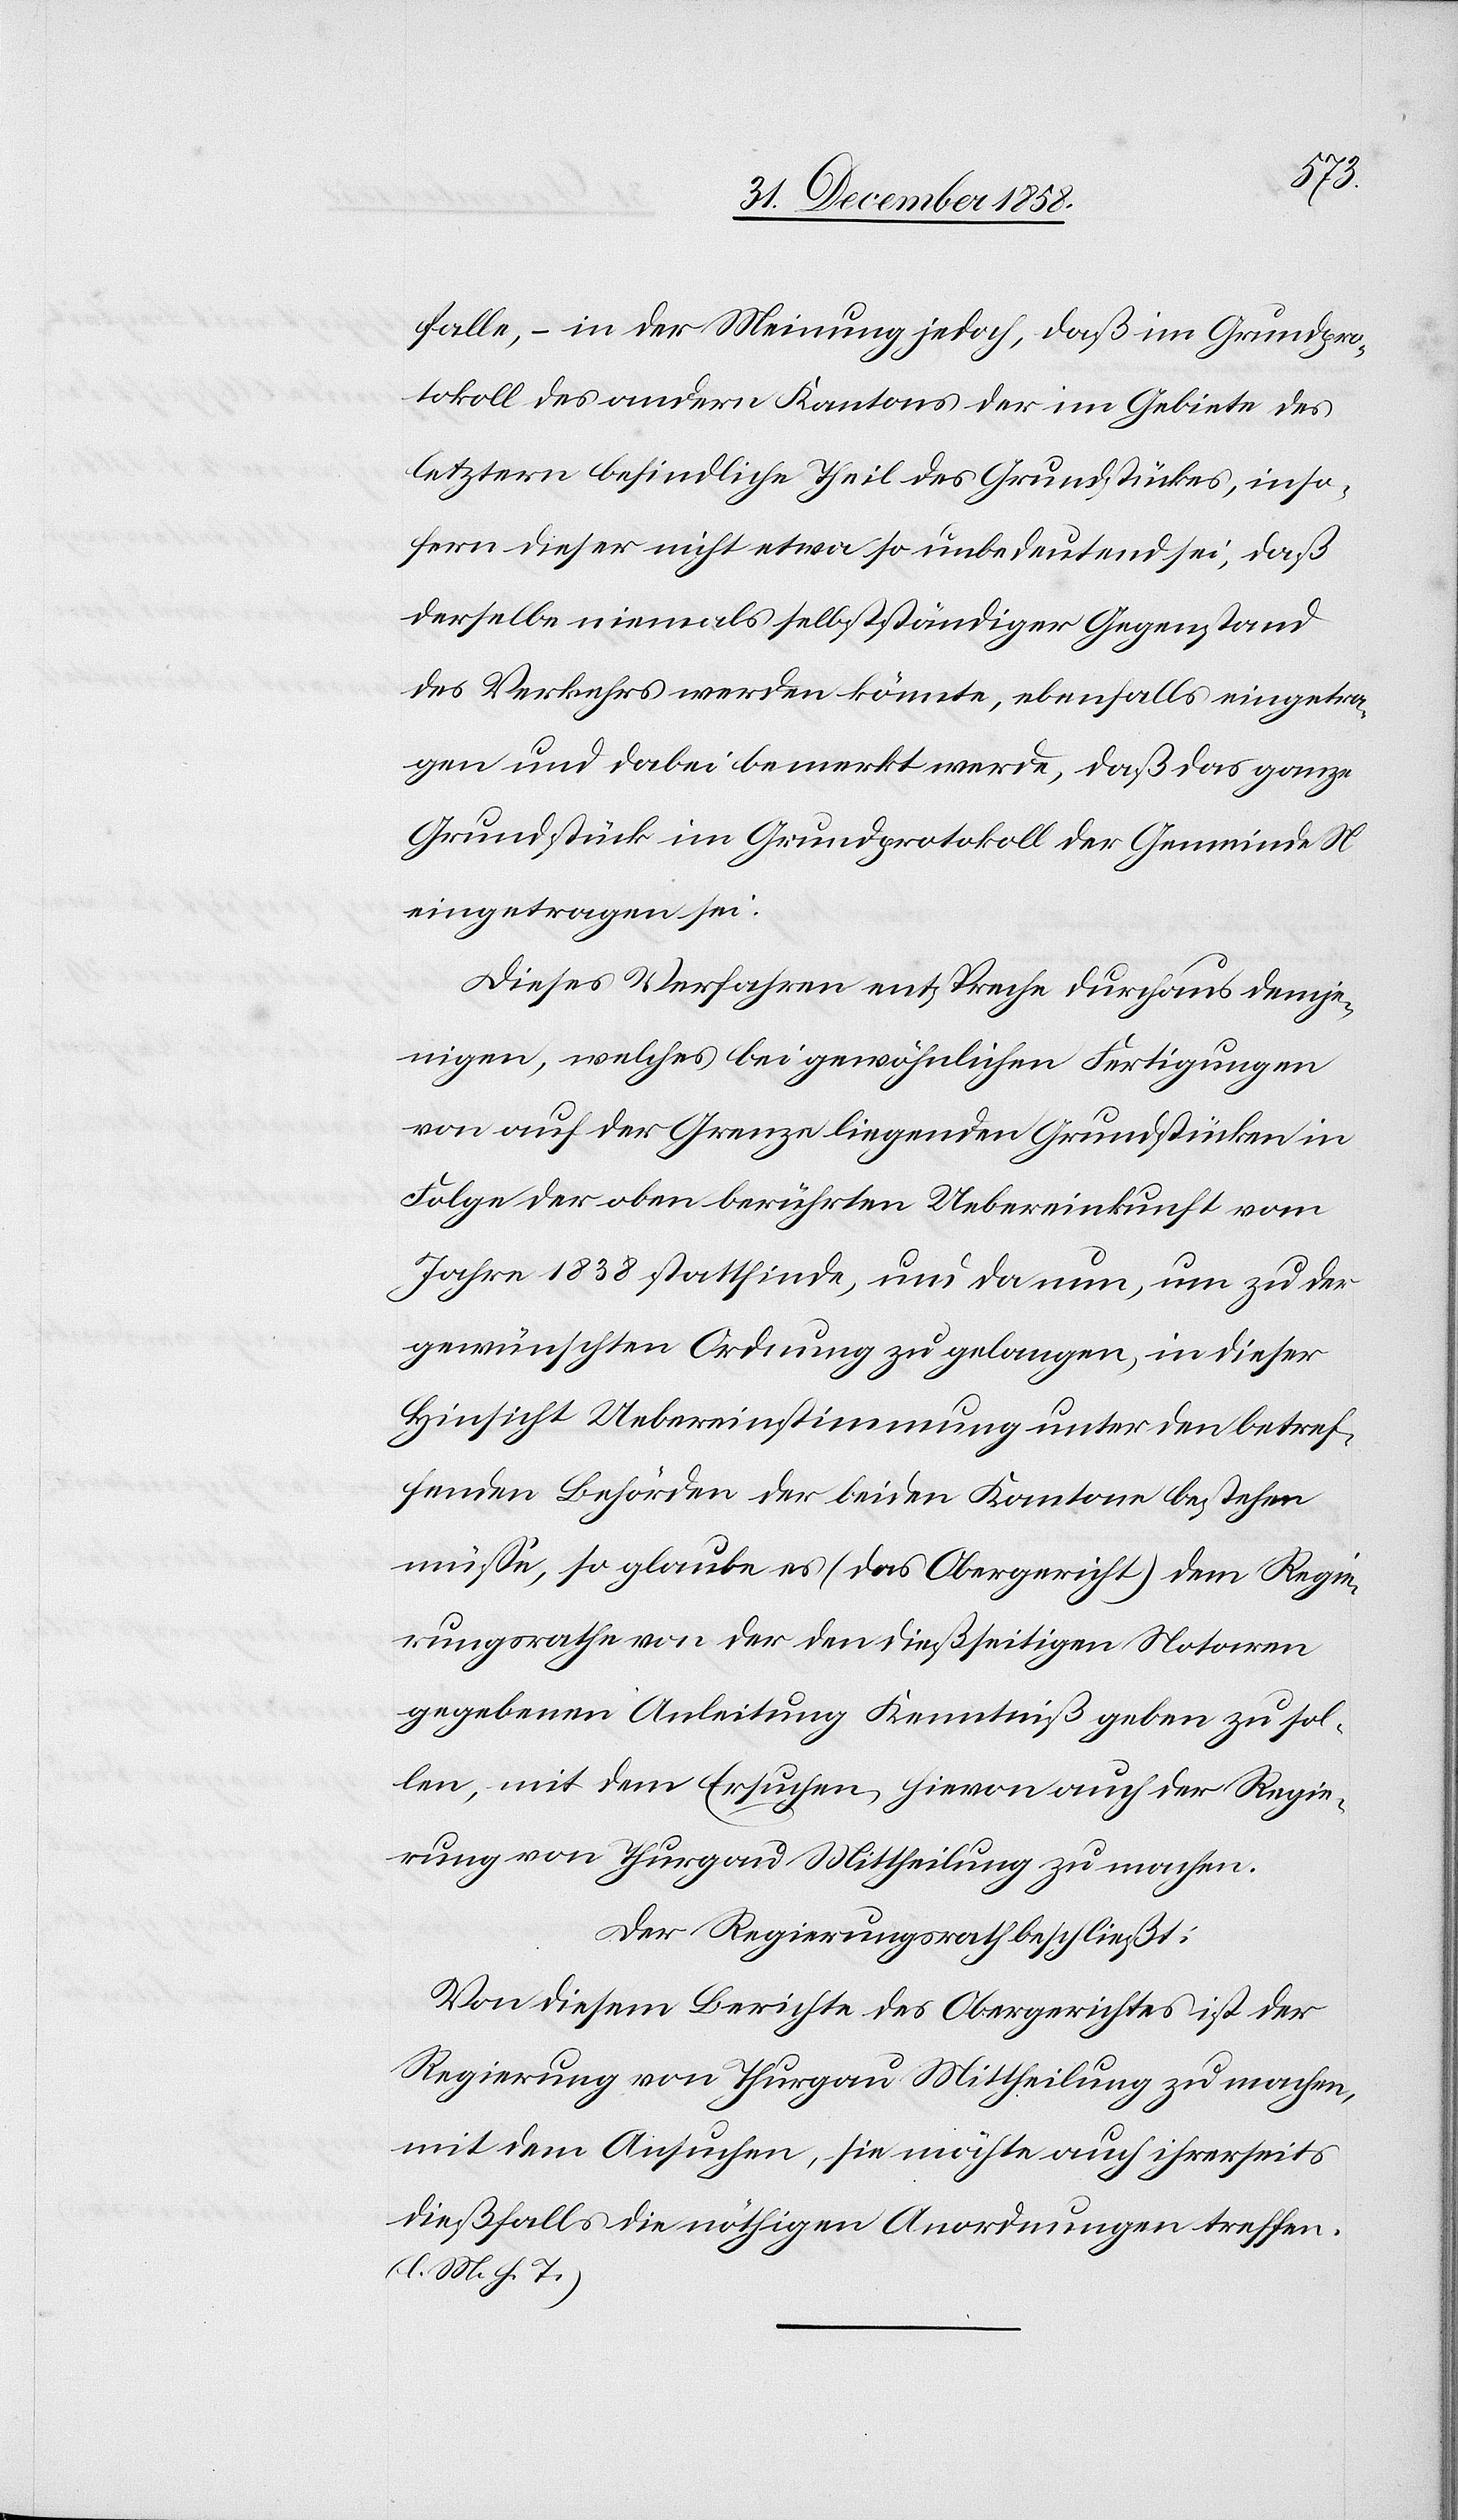
falle, – in der Meinung jedoch, daß im Grundpro¬
tokoll des andern Kantons der im Gebiete des
letztern befindliche Theil des Grundstückes, inso¬
fern dieser nicht etwa so unbedeutend sei, daß
derselbe niemals selbstständiger Gegenstand
des Verkehrs werden könnte, ebenfalls eingetra¬
gen und dabei bemerkt werde, daß das ganze
Grundstück im Grundprotokoll der Gemeinde N
eingetragen sei.
Dieses Verfahren entspreche durchaus demje¬
nigen, welches bei gewöhnlichen Fertigungen
von auf der Grenze liegenden Grundstücken in
Folge der oben berührten Uebereinkunft vom
Jahre 1838 stattfinde, und da nun, um zu der
gewünschten Ordnung zu gelangen, in dieser
Hinsicht Uebereinstimmung unter den betref¬
fenden Behörden der beiden Kantone bestehen
müsse, so glaube es (das Obergericht) dem Regie¬
rungsrathe von der den dießseitigen Notaren
gegebenen Anleitung Kenntniß geben zu sol¬
len, mit dem Ersuchen, hievon auch der Regie¬
rung von Thurgau Mittheilung zu machen.
Der Regierungsrath beschließt:
Von diesem Berichte des Obergerichtes ist der
Regierung von Thurgau Mittheilung zu machen,
mit dem Ansuchen, sie möchte auch ihrerseits
dießfalls die nöthigen Anordnungen treffen.
(l. M. h. T.)